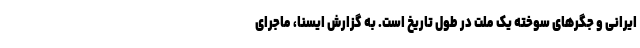
ایرانی و جگرهای سوخته یک ملت در طول تاریخ است. به گزارش ایسنا، ماجرای